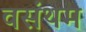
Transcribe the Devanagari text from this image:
वसंथम